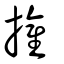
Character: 㩲